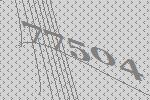
77504